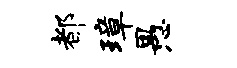
都璋愚